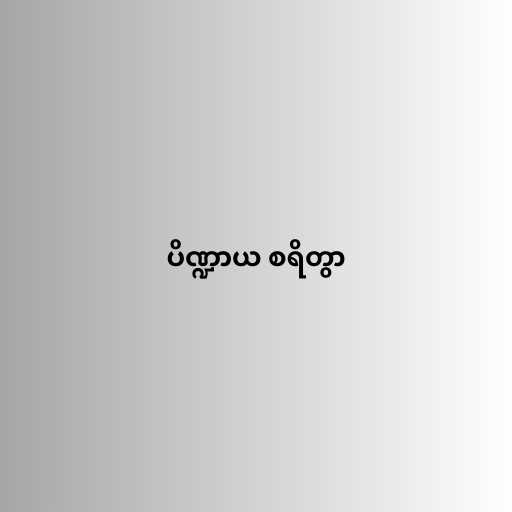
ပိဏ္ဍာယ စရိတွာ